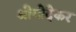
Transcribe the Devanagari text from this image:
श्रीगोंदेकर